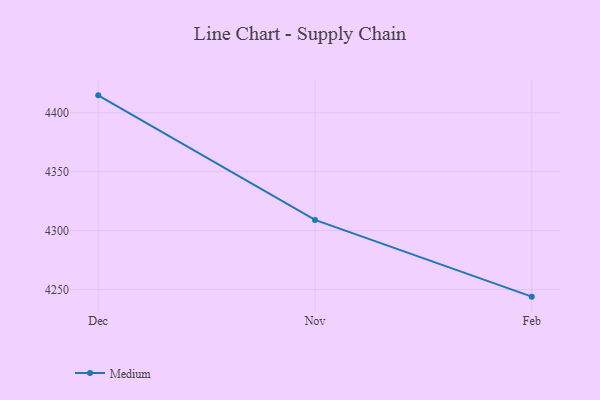
{"axis": {"x": "Month", "y": "Page Views"}, "legend": ["Medium"], "data": [{"x": "Dec", "y": 4414.8, "type": "Medium"}, {"x": "Nov", "y": 4309.1, "type": "Medium"}, {"x": "Feb", "y": 4244.0, "type": "Medium"}]}